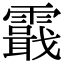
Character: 霵